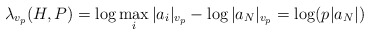
\begin{align*}\lambda_{v_p}(H, P) = \log \max_i |a_i|_{v_p} - \log |a_N|_{v_p} = \log (p |a_N|)\end{align*}